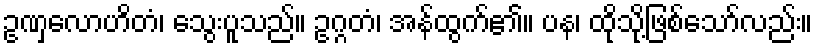
ဥဏှလောဟိတံ၊ သွေးပူသည်။ ဥဂ္ဂတံ၊ အန်ထွက်၏။ ပန၊ ထိုသို့ဖြစ်သော်လည်း။